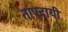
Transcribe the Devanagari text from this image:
तापदायी